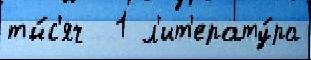
ты́с'яч  1 л'ит'ерату́ра